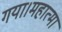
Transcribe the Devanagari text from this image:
गया।महात्मा